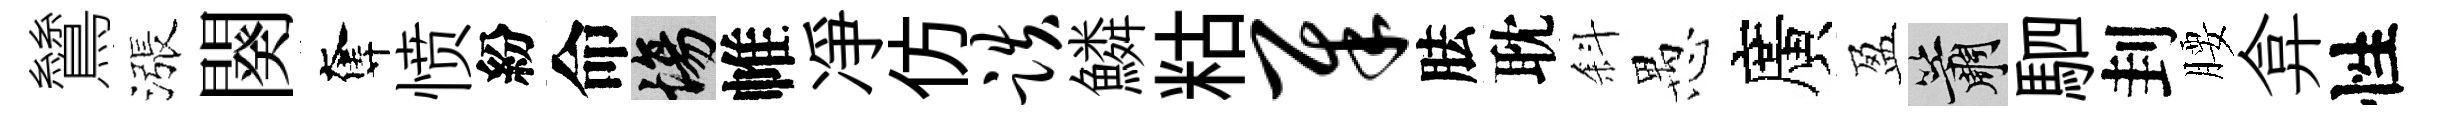
鷥漲闋奪愤紛命場帷凈仿跌鱗䊀犀胠耽斜愚廣盈簫駟刲腰弇性